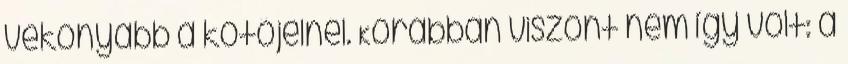
vékonyabb a kötőjelnél. Korábban viszont nem így volt: a